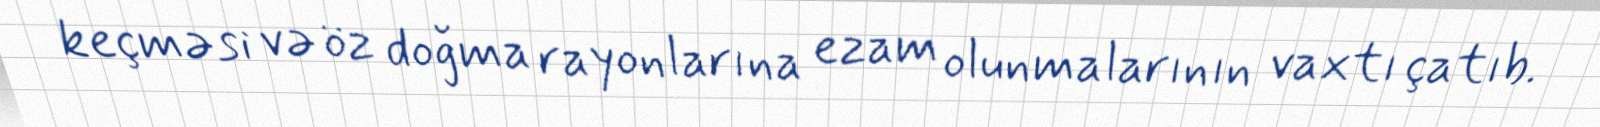
keçməsi və öz doğma rayonlarına ezam olunmalarının vaxtı çatıb.